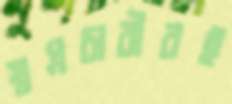
স্বপ্নচারীরই